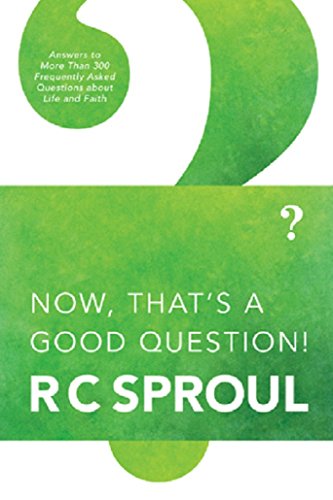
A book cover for Now, That's a Good Question!; R. C. Sproul; Christian Books & Bibles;